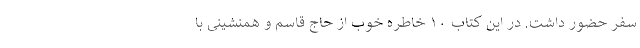
سفر حضور داشت. در این کتاب ۱۰ خاطره خوب از حاج قاسم و همنشینی‌ با